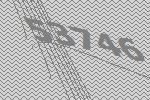
53746